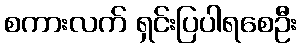
စကားလက် ရှင်းပြပါရစေဦး